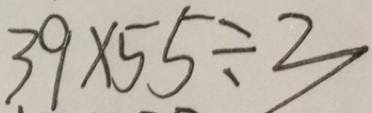
3 9 \times 5 5 \div 3